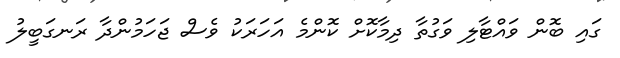
ގައި ބޮން ވައްޓާލި ވަގުތާ ދިމާކޮށް ކޮންމެ އަހަރަކު ވެސް ޖަހަމުންދާ ރަނގަބީލު